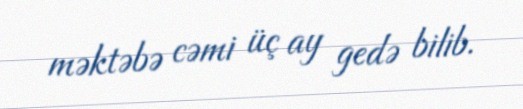
məktəbə cəmi üç ay gedə bilib.